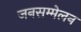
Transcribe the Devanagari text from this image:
जनसम्मेलन